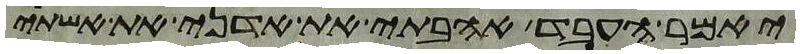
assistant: יאמר העבד אהבתי את אדני את אשתי